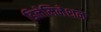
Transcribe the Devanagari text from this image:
डिलेमिनेशन